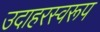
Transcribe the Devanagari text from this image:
उदाहरस्वरूप